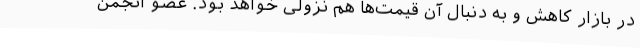
در بازار کاهش و به دنبال آن قیمت‌ها هم نزولی خواهد بود. عضو انجمن